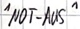
Text: "NOT-AUS"